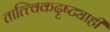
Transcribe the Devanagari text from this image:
तात्त्विकदृष्ट्याही